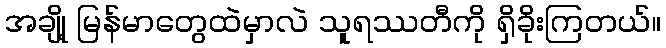
အချို့ မြန်မာတွေထဲမှာလဲ သူရဿတီကို ရှိခိုးကြတယ်။